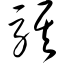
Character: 骐